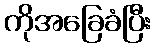
ကိုအခြေခံပြီး